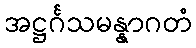
အဋ္ဌင်္ဂသမန္နာဂတံ